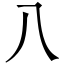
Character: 八